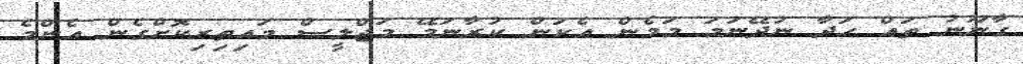
ގާނޫނު ތައް ހަދާ ނުދޭނަމަ މަމެން އެކަން ކުރާނަމޭ މަޖްލީސް މައިތިރިކޮށްގެން އެންމެ